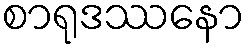
စာရုဒဿနော